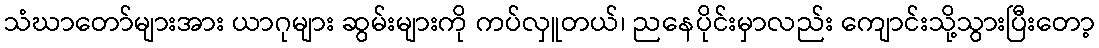
သံဃာတော်များအား ယာဂုများ ဆွမ်းများကို ကပ်လှူတယ်၊ ညနေပိုင်းမှာလည်း ကျောင်းသို့သွားပြီးတော့